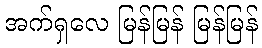
အက်ရှလေ မြန်မြန် မြန်မြန်